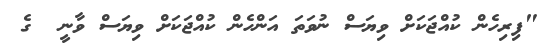
"ފިރިހެން ކުއްޖަކަށް ވިޔަސް ނުވަތަ އަންހެން ކުއްޖަކަށް ވިޔަސް ވާނީ  ގެ